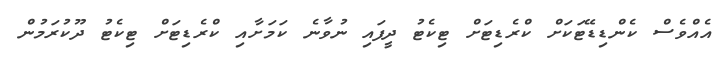
އެއްވެސް ކެންޑިޑޭޓަކަށް ކްރެޑިޓަށް ޓިކެޓު ދީފައި ނުވާނެ ކަމަށާއި ކްރެޑިޓަށް ޓިކެޓު ދޫކުރަމުން